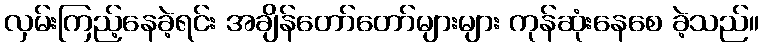
လှမ်းကြည့်နေခဲ့ရင်း အချိန်တော်တော်များများ ကုန်ဆုံးနေစေ ခဲ့သည်။